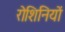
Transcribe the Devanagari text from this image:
रोशिनियों